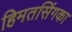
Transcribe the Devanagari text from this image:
हिमतसिंगका